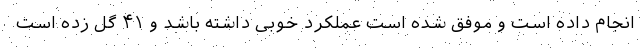
انجام داده است و موفق شده است عملکرد خوبی داشته باشد و ۴۱ گل زده است